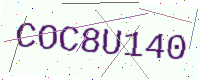
Text: COC8U140